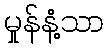
မှုန်နံ့သာ